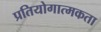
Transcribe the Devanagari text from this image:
प्रतियोगात्मकता